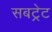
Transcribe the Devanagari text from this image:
सबट्रेट